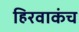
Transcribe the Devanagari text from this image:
हिरवाकंच